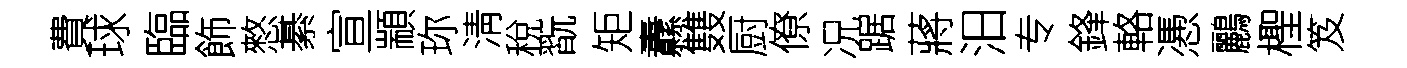
費球臨飾憗綦宣顓珎淸稅翫矩纛䨇厨僚况踞蔣汨专鋒輅慿鸝檉笈